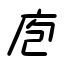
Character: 庖